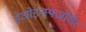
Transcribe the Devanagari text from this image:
हेओइन्स्फ्जोरौर